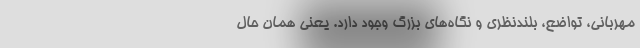
مهربانی، تواضع، بلندنظری و نگاه‌های بزرگ وجود دارد. یعنی همان حال